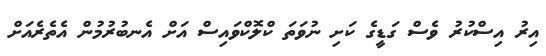
އިރު އިސްކުރު ވެސް ގަޑީގެ ކަށި ނުވަތަ ކްލޮކްވައިސް އަށް އެނބުރުމުން އެތެރެއަށް